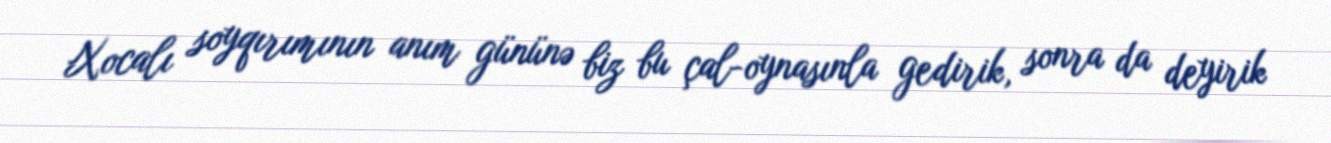
Xocalı soyqırımının anım gününə biz bu çal-oynasınla gedirik, sonra da deyirik